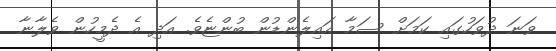
ވަނަ ދުވަހުގައި ކަމަށް ސަމާ އައިލެންޑުން ބުންޏެވެ. އަދި އެ ދެމީހުން ވެލާނާ